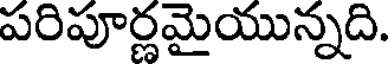
పరిపూర్ణమైయున్నది.